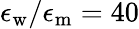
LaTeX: \epsilon_{\mathrm{w}}/\epsilon_{\mathrm{m}}=40